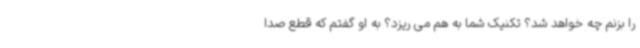
را بزنم چه خواهد شد؟ تکنیک شما به هم می ریزد؟ به او گفتم که قطع صدا